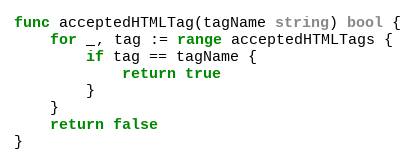
Language: Go
func acceptedHTMLTag(tagName string) bool {
	for _, tag := range acceptedHTMLTags {
		if tag == tagName {
			return true
		}
	}
	return false
}